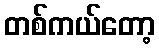
တစ်ကယ်တော့